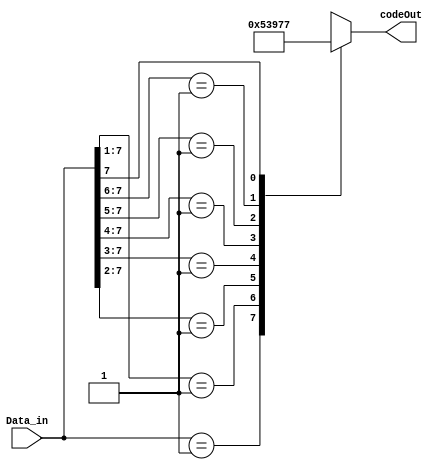
// Priority Encoder 8->3 with CASEX
module Priority_Encoder83(Data_in, codeOut);

    input [7:0] Data_in;
    output [2:0] codeOut;

    reg [2:0] codeOut;

    always @(*) begin
        casex(Data_in)
            8'b00000001: codeOut = 3'b000;
            8'b0000001x: codeOut = 3'b001;
            8'b000001xx: codeOut = 3'b010;
            8'b00001xxx: codeOut = 3'b011;
            8'b0001xxxx: codeOut = 3'b100;
            8'b001xxxxx: codeOut = 3'b101;
            8'b01xxxxxx: codeOut = 3'b110;
            8'b1xxxxxxx: codeOut = 3'b111;
            default :    codeOut = 3'bxxx;
        endcase
    end
endmodule